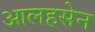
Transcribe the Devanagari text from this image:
आलहसेन